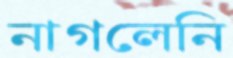
নাগলেনি